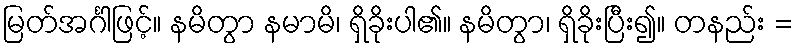
မြတ်အင်္ဂါဖြင့်။ နမိတွာ နမာမိ၊ ရှိခိုးပါ၏။ နမိတွာ၊ ရှိခိုးပြီး၍။ တနည်း =